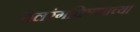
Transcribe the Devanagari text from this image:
तैलरंगचित्रणाच्या